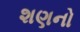
શણનો